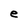
Character: e